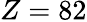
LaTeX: Z=82